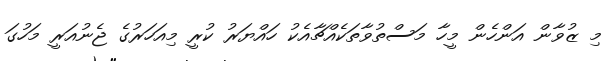
މި ޒުވާން އަންހެން މީހާ މަސްތުވާތަކެއްޗާއެކު ހައްޔަރު ކުރީ މިއަހަރުގެ ޖެނުއަރީ މަހުގަ